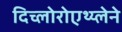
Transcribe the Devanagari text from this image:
दिच्लोरोएथ्य्लेने